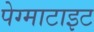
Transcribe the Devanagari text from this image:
पेग्माटाइट